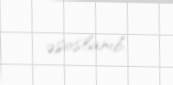
əsaslanıb.